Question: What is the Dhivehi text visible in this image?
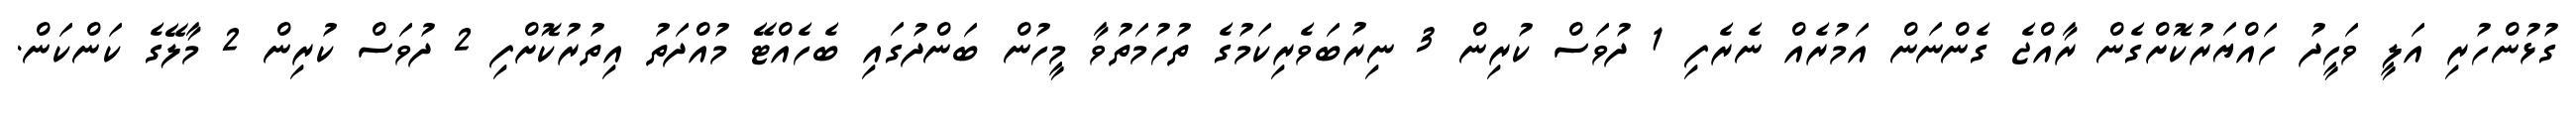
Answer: ގުޅުންހުރި އަލީ ވަހީދު ހައްޔަރުކޮށްގެން ރާއްޖެ ގެންނަން އަމުރެއް ނެރެފި 1 ދުވަސް ކުރިން 3 ނިރުބަވެރިކަމުގެ ތުހުމަތުވާ މީހުން ބަންދުގައި ބެހެއްޓޭ މުއްދަތު އިތުރުކޮށްފި 2 ދުވަސް ކުރިން 2 މާލޭގެ ކަންކަން.